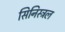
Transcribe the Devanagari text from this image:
सिनिस्ट्रल